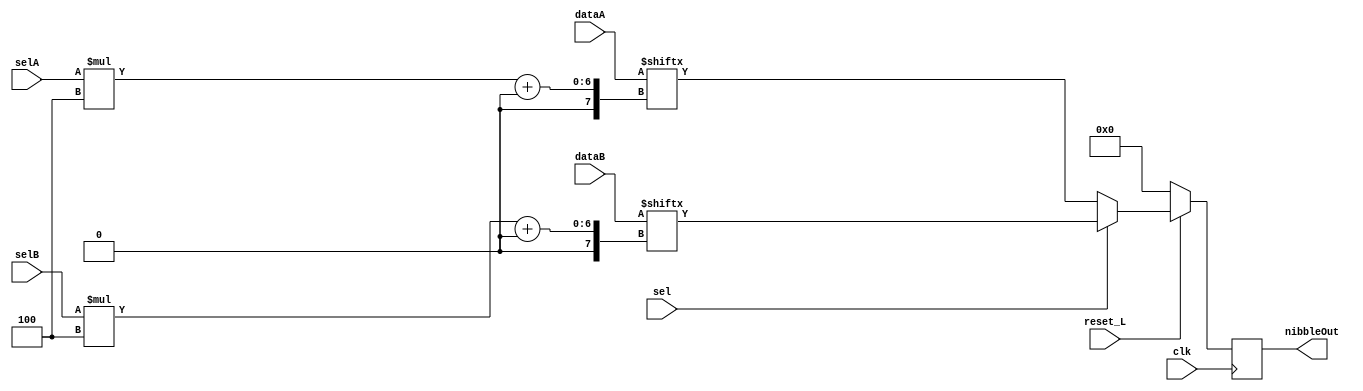
module selector(  
        input [31:0] dataA,
        input [31:0] dataB,
        input [2:0] selA, 
        input [2:0] selB,
        input sel, 
        input reset_L, 
        input clk,
        output reg [3:0] nibbleOut
); 

always @(posedge clk)begin
    if(~reset_L) begin 
    nibbleOut<=0; 
    end else begin 
    //nibbleOut<=sel?dataA[selA[2:0]*4 +: 4]:dataB[selB[2:0]*4 +: 4]; 
    nibbleOut<=sel?dataB[selB[2:0]*4 +: 4]:dataA[selA[2:0]*4 +: 4];
    end 
end
endmodule